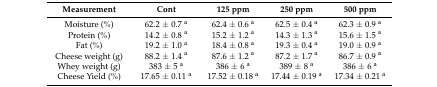
<table><thead><tr><td><b>Measurement</b></td><td><b>Cont</b></td><td><b>125 ppm</b></td><td><b>250 ppm</b></td><td><b>500 ppm</b></td></tr></thead><tbody><tr><td>Moisture (%)</td><td>62.2 ± 0.7 <sup>a</sup></td><td>62.4 ± 0.6 <sup>a</sup></td><td>62.5 ± 0.4 <sup>a</sup></td><td>62.3 ± 0.9 <sup>a</sup></td></tr><tr><td>Protein (%)</td><td>14.2 ± 0.8 <sup>a</sup></td><td>15.2 ± 1.2 <sup>a</sup></td><td>14.3 ± 1.3 <sup>a</sup></td><td>15.6 ± 1.5 <sup>a</sup></td></tr><tr><td>Fat (%)</td><td>19.2 ± 1.0 <sup>a</sup></td><td>18.4 ± 0.8 <sup>a</sup></td><td>19.3 ± 0.4 <sup>a</sup></td><td>19.0 ± 0.9 <sup>a</sup></td></tr><tr><td>Cheese weight (g)</td><td>88.2 ± 1.4 <sup>a</sup></td><td>87.6 ± 1.2 <sup>a</sup></td><td>87.2 ± 1.7 <sup>a</sup></td><td>86.7 ± 0.9 <sup>a</sup></td></tr><tr><td>Whey weight (g)</td><td>383 ± 5 <sup>a</sup></td><td>386 ± 6 <sup>a</sup></td><td>389 ± 8 <sup>a</sup></td><td>386 ± 6 <sup>a</sup></td></tr><tr><td>Cheese Yield (%)</td><td>17.65 ± 0.11 <sup>a</sup></td><td>17.52 ± 0.18 <sup>a</sup></td><td>17.44 ± 0.19 <sup>a</sup></td><td>17.34 ± 0.21 <sup>a</sup></td></tr></tbody></table>